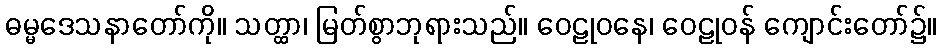
ဓမ္မဒေသနာတော်ကို။ သတ္ထာ၊ မြတ်စွာဘုရားသည်။ ဝေဠုဝနေ၊ ဝေဠုဝန် ကျောင်းတော်၌။